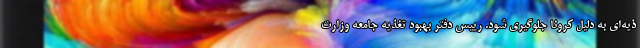
ذیه‌ای به دلیل کرونا جلوگیری شود. رییس دفتر بهبود تغذیه جامعه وزارت